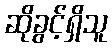
ဆိုခွင့်ရှိသူ